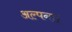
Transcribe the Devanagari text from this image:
अल्पना।